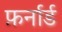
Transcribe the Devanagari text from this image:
फ़र्नार्ड